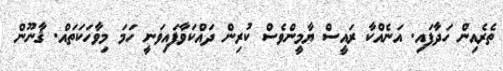
ތެރެއިން ހަދާފައި. އަނެއްކާ ރައީސް ޔާމީންވެސް ކުރިން ދައްކަވާފައިވަނީ ހަމަ މިވާހަކަތައް. ޤާނޫން